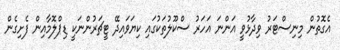
އެގޮތުން މިނިސްޓަރު ވިދާޅުވީ އަންނަ އަހަރު ސްކޫލުތަކުގައި ކިޔަވައިދޭ ޓީޗަރުންނަކީ ޑިޕްލޮމާއިން ފެށިގެން